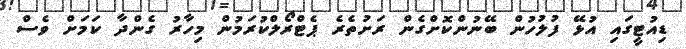
ޑިއުޓީގައި އުޅޭ ފުލުހުންް ބޭނުންކޮށްގެން ރަށުތެރެ ޕެޓްރޯލްކުރަމުން މިހާރު ގެންދާ ކަމަށް ވެސް